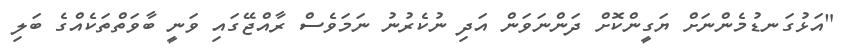
"އަޅުގަނޑުމެންނަށް ޔަގީންކޮށް ދަންނަވަން އަދި ނުކެރުނު ނަމަވެސް ރާއްޖޭގައި ވަނީ ބާވަތްތަކެއްގެ ބަލި